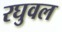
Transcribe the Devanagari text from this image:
रघुवल